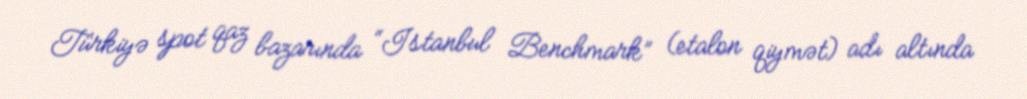
Türkiyə spot qaz bazarında “Istanbul Benchmark” (etalon qiymət) adı altında